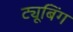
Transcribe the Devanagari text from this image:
ट्यूबिंग